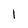
Character: 1